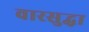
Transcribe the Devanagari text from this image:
वारसुद्धा